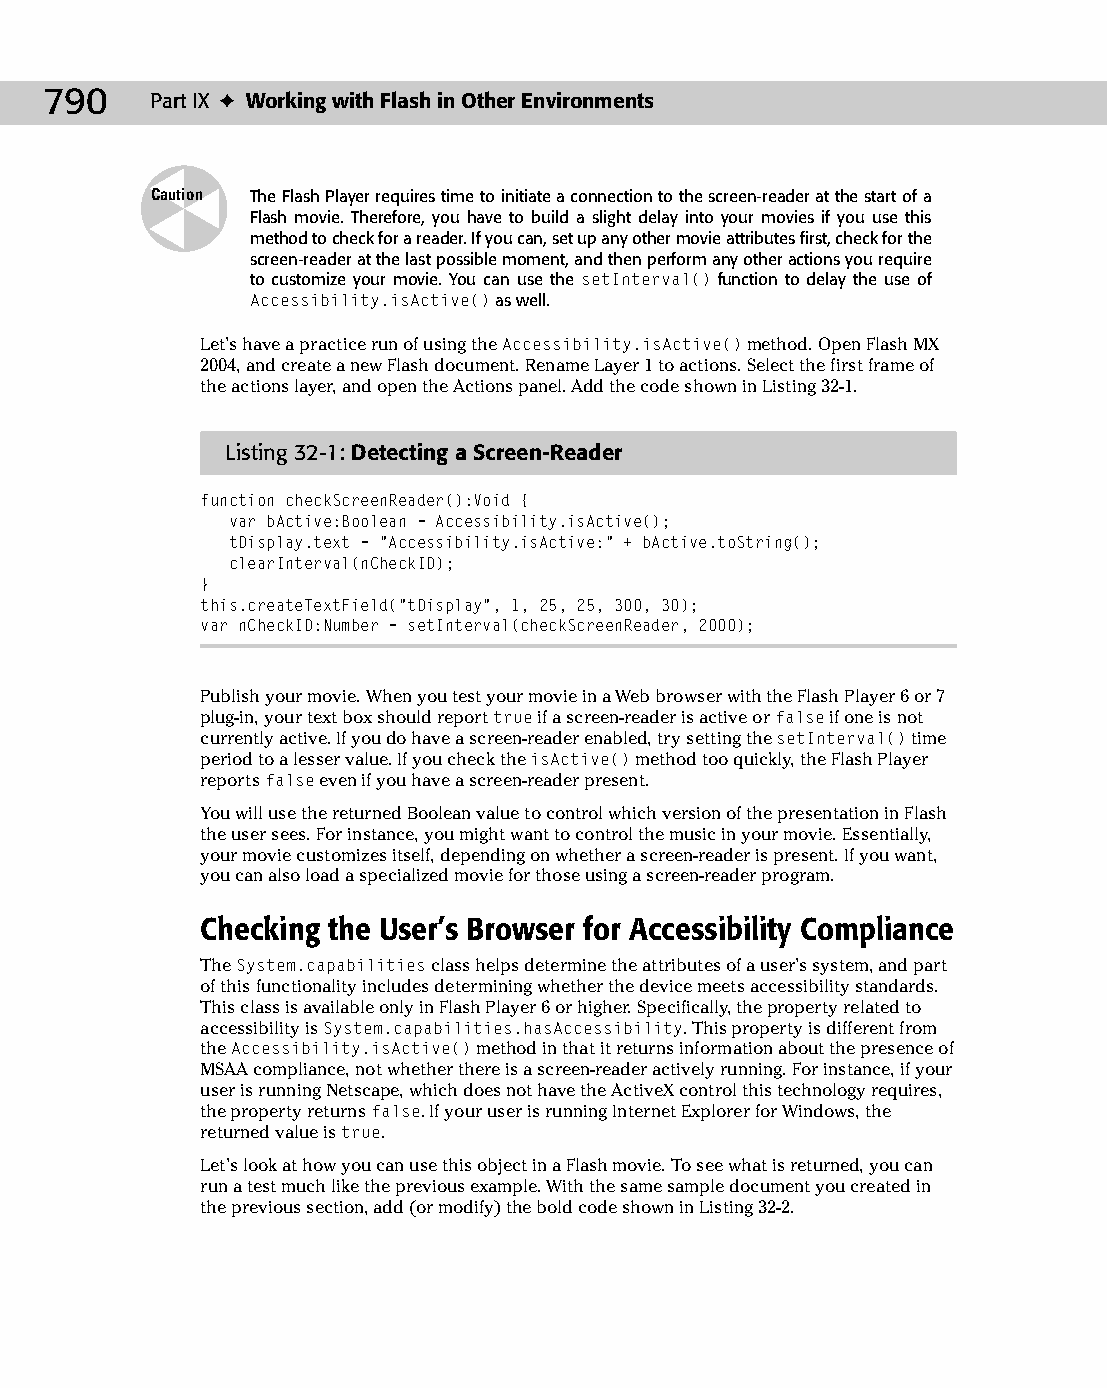
42 543547 ch32.qxd 3/24/04 4:16 PM Page 790
 790    Part IX ✦ Working with Flash in Other Environments
 Caution The Flash Player requires time to initiate a connection to the screen-reader at the start of a
 Flash movie. Therefore, you have to build a slight delay into your movies if you use this
 method to check for a reader. If you can, set up any other movie attributes first, check for the
 screen-reader at the last possible moment, and then perform any other actions you require
 to customize your movie. You can use the setInterval() function to delay the use of
 Accessibility.isActive() as well.
 Let’s have a practice run of using the Accessibility.isActive() method. Open Flash MX
 2004, and create a new Flash document. Rename Layer 1 to actions. Select the first frame of
 the actions layer, and open the Actions panel. Add the code shown in Listing 32-1.
 Listing 32-1: Detecting a Screen-Reader
 function checkScreenReader():Void {
 var bActive:Boolean = Accessibility.isActive();
 tDisplay.text = “Accessibility.isActive:” + bActive.toString();
 clearInterval(nCheckID);
 }
 this.createTextField(“tDisplay”, 1, 25, 25, 300, 30);
 var nCheckID:Number = setInterval(checkScreenReader, 2000);
 Publish your movie. When you test your movie in a Web browser with the Flash Player 6 or 7
 plug-in, your text box should report true if a screen-reader is active or false if one is not
 currently active. If you do have a screen-reader enabled, try setting the setInterval() time
 period to a lesser value. If you check the isActive() method too quickly, the Flash Player
 reports false even if you have a screen-reader present.
 You will use the returned Boolean value to control which version of the presentation in Flash
 the user sees. For instance, you might want to control the music in your movie. Essentially,
 your movie customizes itself, depending on whether a screen-reader is present. If you want,
 you can also load a specialized movie for those using a screen-reader program.
 Checking the User’s Browser for Accessibility Compliance
 The System.capabilities class helps determine the attributes of a user’s system, and part
 of this functionality includes determining whether the device meets accessibility standards.
 This class is available only in Flash Player 6 or higher. Specifically, the property related to
 accessibility is System.capabilities.hasAccessibility. This property is different from
 the Accessibility.isActive() method in that it returns information about the presence of
 MSAA compliance, not whether there is a screen-reader actively running. For instance, if your
 user is running Netscape, which does not have the ActiveX control this technology requires,
 the property returns false. If your user is running Internet Explorer for Windows, the
 returned value is true.
 Let’s look at how you can use this object in a Flash movie. To see what is returned, you can
 run a test much like the previous example. With the same sample document you created in
 the previous section, add (or modify) the bold code shown in Listing 32-2.